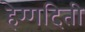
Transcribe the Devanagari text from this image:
हेग्गदिती